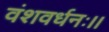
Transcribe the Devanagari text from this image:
वंशवर्धनः।।